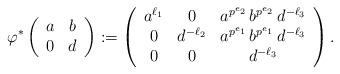
LaTeX: \begin{align*}\varphi^* \left(\begin{array}{c c} a & b \\ 0 & d \end{array}\right) & :=\left(\begin{array}{c c c} a^{\ell_1} & 0 & a^{p^{e_2}} \, b^{p^{e_2}} \, d^{- \ell_3} \\ 0 & d^{- \ell_2} & a^{p^{e_1}} \, b^{p^{e_1}} \, d^{- \ell_3} \\ 0 & 0 & d^{ - \ell_3} \end{array} \right) . \end{align*}